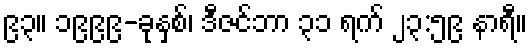
၉၃။ ၁၉၉၉-ခုနှစ်၊ ဒီဇင်ဘာ ၃၁ ရက် ၂၃:၅၉ နာရီ။